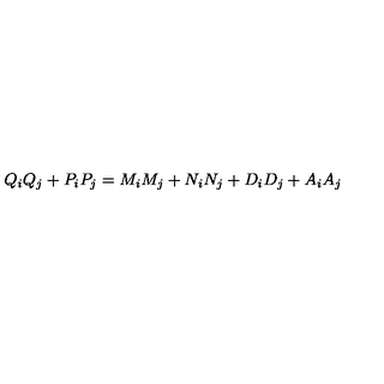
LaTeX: Q _ { i } Q _ { j } + P _ { i } P _ { j } = M _ { i } M _ { j } + N _ { i } N _ { j } + D _ { i } D _ { j } + A _ { i } A _ { j }